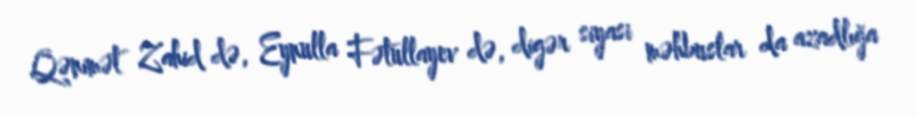
Qənimət Zahid də, Eynulla Fətullayev də, digər siyasi məhbuslar da azadlığa